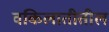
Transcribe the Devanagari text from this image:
वकिलातीतील